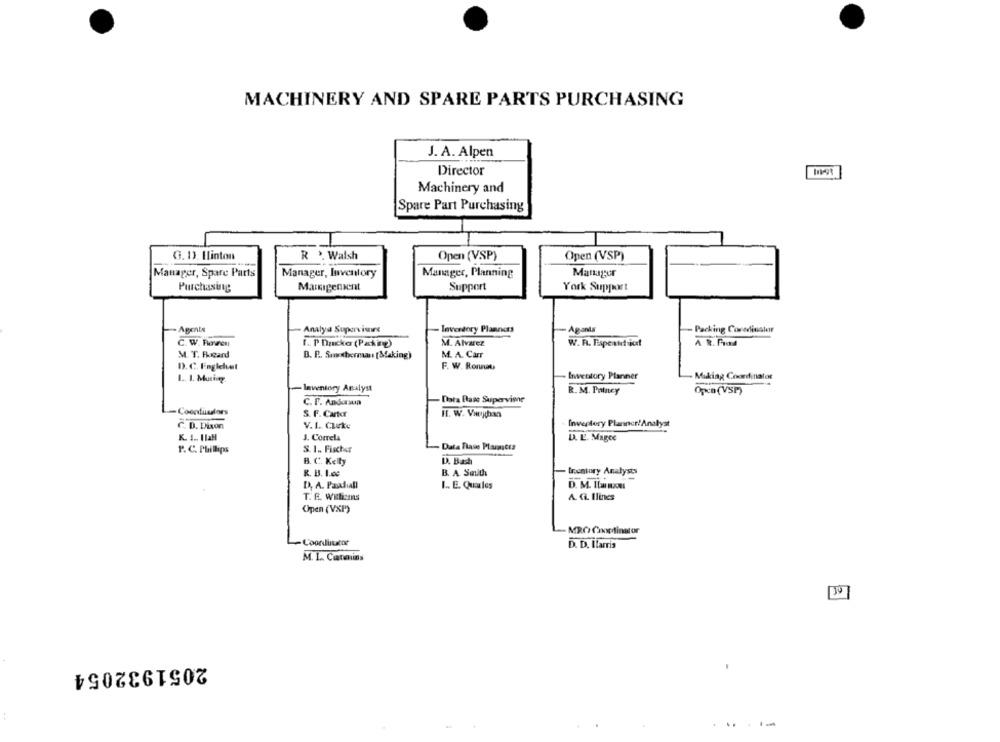
MACHINERY AND SPARE PARTS PURCHASING
J. A. Alpen
Director
Machinery and
Spare Part Purchasing
G. 1). Ilinton
R
>. Walsh
Open (VSP)
Open (VSP)
Manager, Spare Parts
Manager, Inventory
Manager, Planning
Manager
Purchasing
Mangement
Support
York Support
Agents
- Analys Supervise
Inventory Planners
Agania
Packing Coredinstar
C. W. Boven
A R. Pod
1. P Dasko (Packing)
M. Alvarez
W. R. Fispeutdiict
M. T. Ragand
B. P .. Suckhernan [Making)
M. A. Carr
D. C. Englchut
F. W. Roma
Inventory Planner
- Making Coordinator
Inventory Analyst
R. M. Paincy
Open (VSP)
Data Base Supervisor
C. F. Andersup
Coordinators
S. F. Carter
HI. W. Vwychan
Inventory Planner!Analyst
C. D. Dixon
V.I. CLake
K. I .. I IaH
J. Comela
LA. E. Magee
P. C. Phillips
S. 1 .. Fischer
- Data Fave Plara;Cta
D. Bash
B. C. Kelly
R. B3. 1.00
B. A. Smith
Irontory Analysts
D. A. Paxdiall
1 .. E. Quales
D. M. I[w mxML
T. R. Williams
A. fi Ilincs
Open (VSP)
MRO Coordinator
-Coordinator
D. D. Itarris
M. I. Canmins
2051932054
: